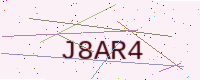
Text: J8AR4